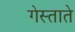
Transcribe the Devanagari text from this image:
गेस्ताते